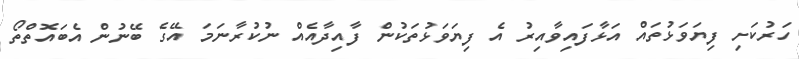
ހަރުކަށި ފިޔަވަޅުތައް އަޅާފައިވާއިރު އެ ފިޔަވަޅުތަކުން ފާއިދާއެއް ނުކުރާނަމަ އޭގެ ބޭނުން އެބައޮތްތޯ